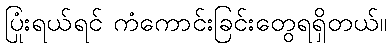
ပြုံးရယ်ရင် ကံကောင်းခြင်းတွေရရှိတယ်။